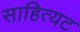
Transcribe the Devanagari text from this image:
साहित्यट